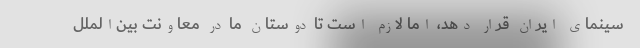
سینمای ایران قرار دهد، اما لازم است تا دوستان ما در معاونت بین‌الملل